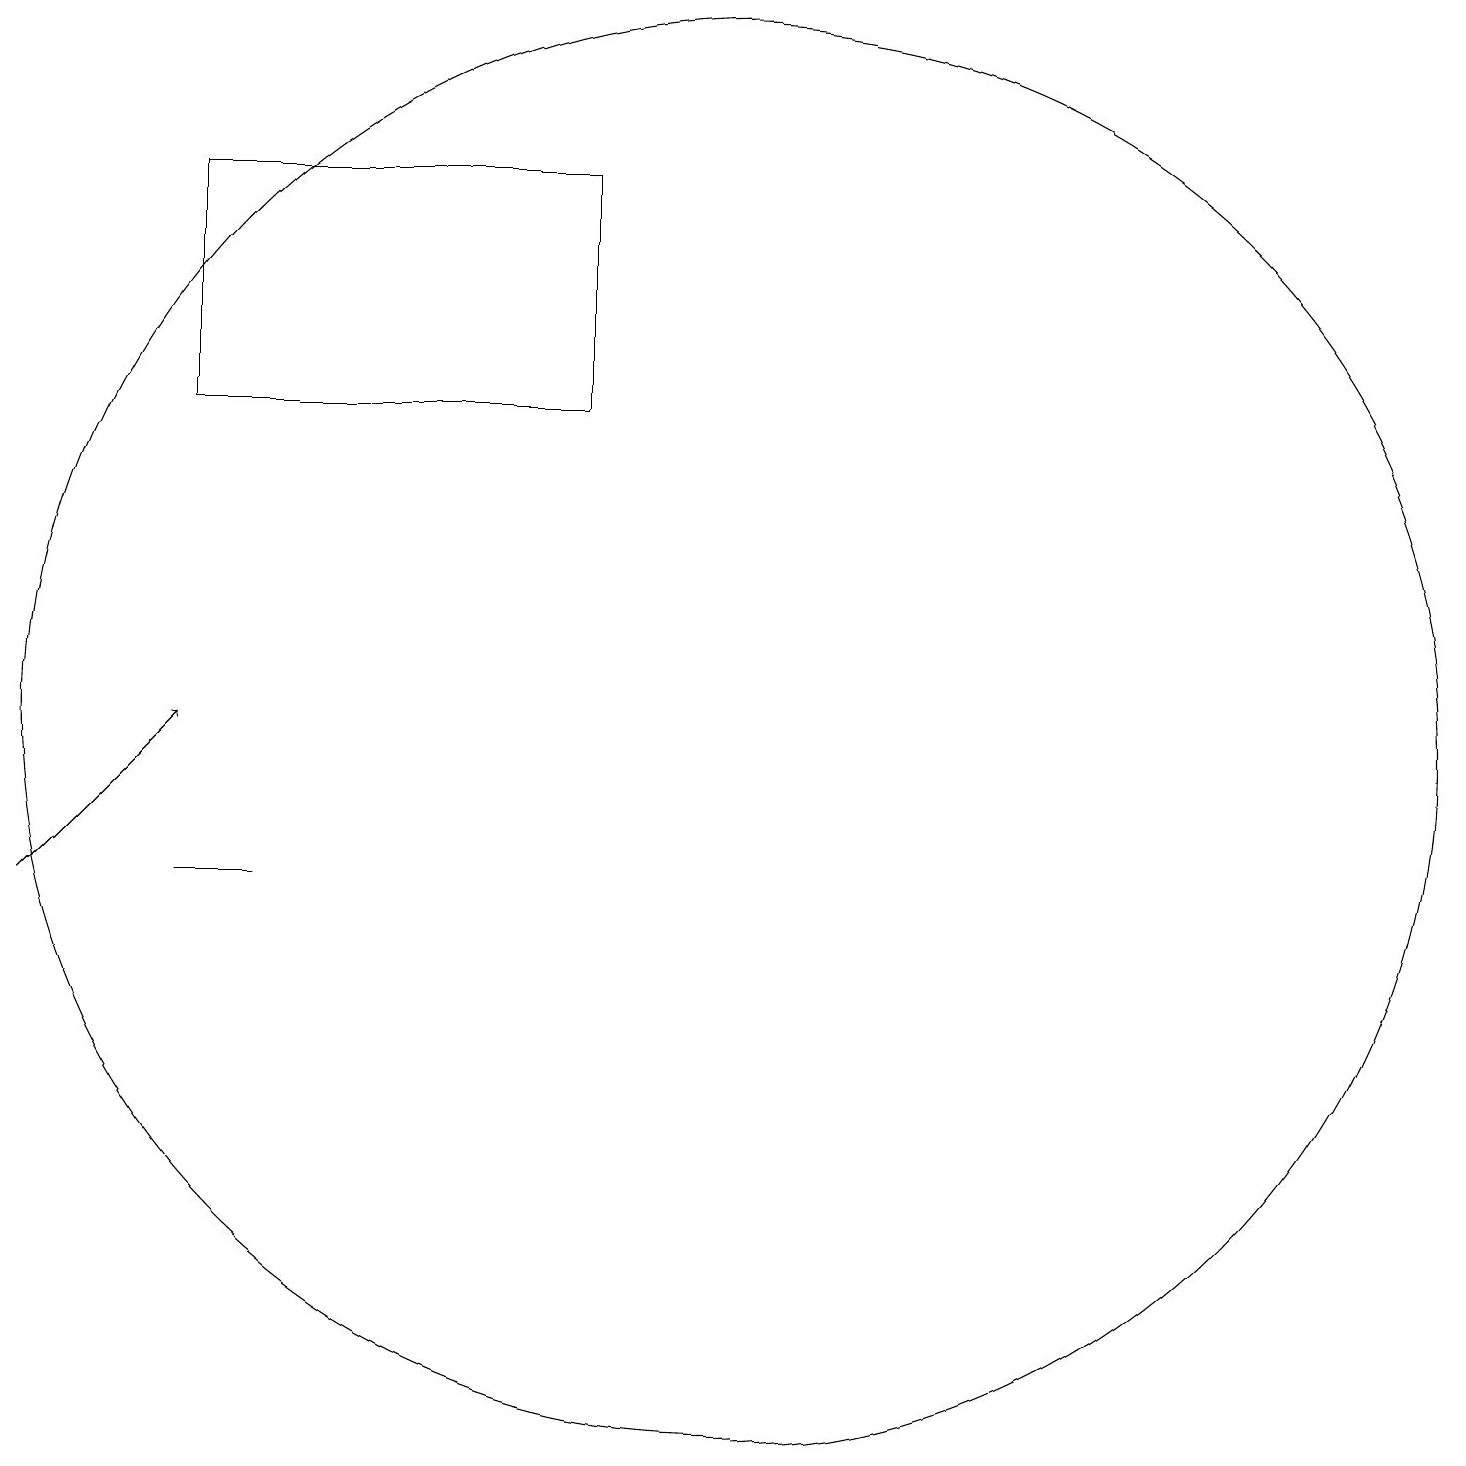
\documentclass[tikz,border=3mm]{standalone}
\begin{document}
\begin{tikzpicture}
\draw (4,10) rectangle (3,10);
\draw (10,12) circle (9);
\draw[->] (1,10) -- (3,12);
\draw (3,16) rectangle (8,19);
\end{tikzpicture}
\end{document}